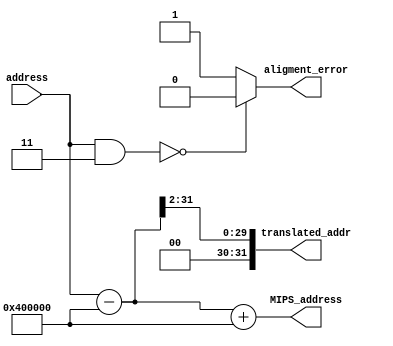
module VirtualMemory_unit
#(
    parameter ADDR_WIDTH=32
)
(
    /* input */
    input [ADDR_WIDTH-1:0]  address,
    /* output */
    output [ADDR_WIDTH-1:0] translated_addr,
    output [ADDR_WIDTH-1:0] MIPS_address,
    output aligment_error   //1= aligment error , 0 = correct address
);

wire [ADDR_WIDTH-1:0]  add_tmp;
/* Check if the address is aligned */
assign aligment_error = (address & 3)==0 ? 1'd0 : 1'd1 ;

/* divide by 4  */
//assign add_tmp = address & 32'hFFBFFFFF;
assign add_tmp = address - 32'h400000;
assign translated_addr = (add_tmp >> 2) ;  
assign MIPS_address = add_tmp + 32'h400000;
//assign MIPS_address = add_tmp + 32'h3FFFFC;




endmodule